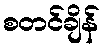
စတင်ချိန်